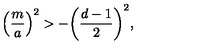
\left( { \frac { m } { a } } \right) ^ { 2 } > - \biggl ( { \frac { d - 1 } { 2 } } \biggr ) ^ { 2 } ,